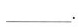
___。